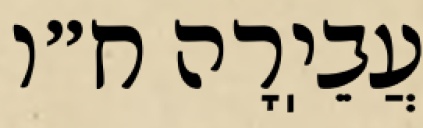
עֲבֵיֽרָה ח״ו